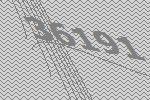
36191